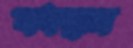
বধস্থান